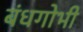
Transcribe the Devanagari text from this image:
बंधगोभी